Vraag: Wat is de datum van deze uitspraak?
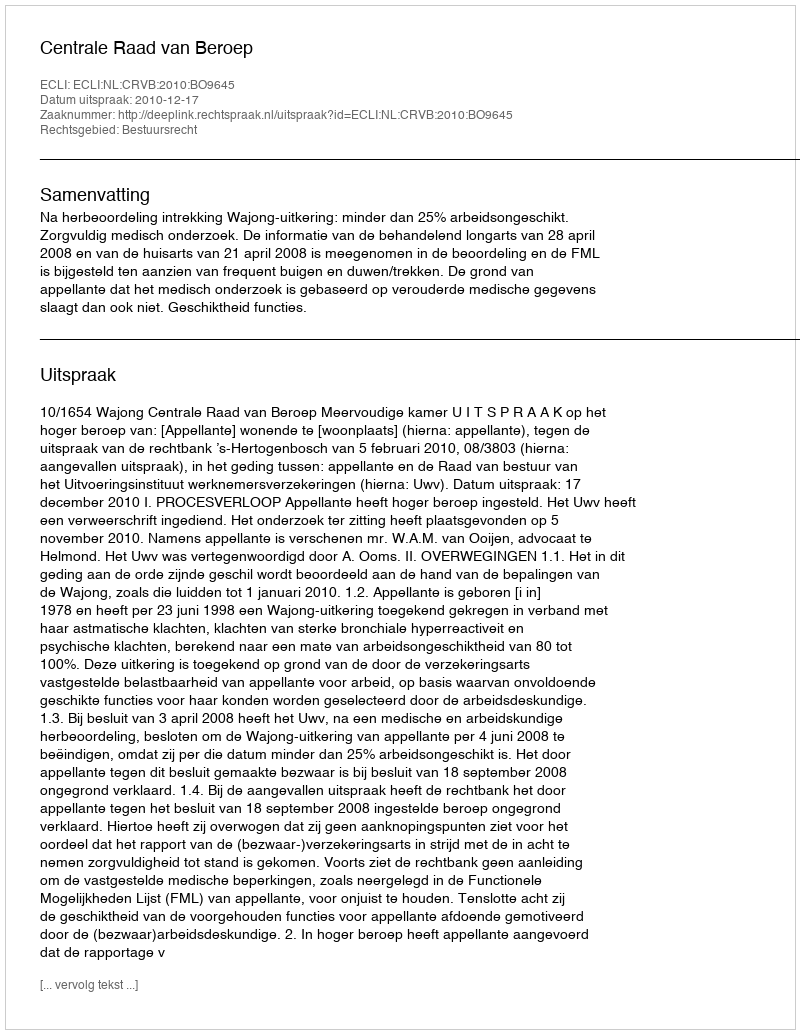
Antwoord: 2010-12-17